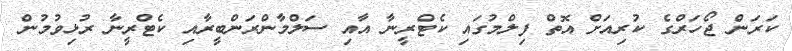
ކަރަން ޖޯހަރްގެ ކުރިއަށް އޮތް ފިލްމުގައި ކެޓްރީނާ އާއި ސަލްމާންރަންބީރާއި ކެޓްރީނާ ރުޅިވުމުން